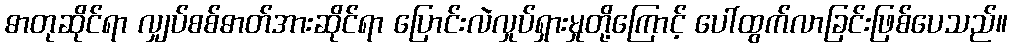
ဓာတုဆိုင်ရာ လျှပ်စစ်ဓာတ်အားဆိုင်ရာ ပြောင်းလဲလှုပ်ရှားမှုတို့ကြောင့် ပေါ်ထွက်လာခြင်းဖြစ်ပေသည်။